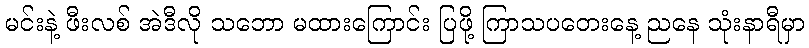
မင်းနဲ့ ဖီးလစ် အဲဒီလို သဘော မထားကြောင်း ပြဖို့ ကြာသပတေးနေ့ ညနေ သုံးနာရီမှာ